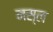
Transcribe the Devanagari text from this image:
नस्‍ल